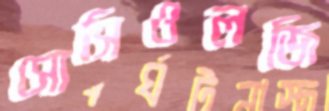
সোসিওলজি